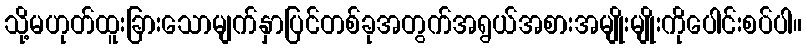
သို့မဟုတ်ထူးခြားသောမျက်နှာပြင်တစ်ခုအတွက်အရွယ်အစားအမျိုးမျိုးကိုပေါင်းစပ်ပါ။